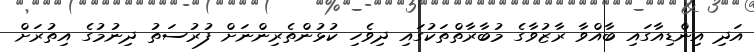
އަދި އިންޑިއާގައި ބާއްވާ ރާޒުވާގެ މުބާރާތްތަކުގައި ދިވެހި ކުޅުންތެރިންނަށް ފުރުސަތު ދިނުމުގެ އިތުރަށް